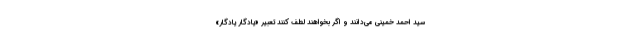
سید احمد خمینی می‌دانند و اگر بخواهند لطف کنند تعبیر «یادگارِ یادگار»